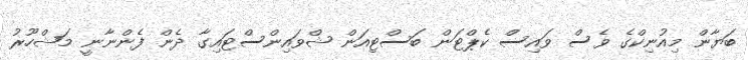
ބަޔާން މިއުނިކްގެ ވެސް ވައިސް ކެޕްޓަން ބަސްޓިއަން ޝްވައިންސްޓައިގާ ދެން ފެންނާނީ މަޝްހޫރު